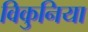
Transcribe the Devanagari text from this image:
विकुनिया